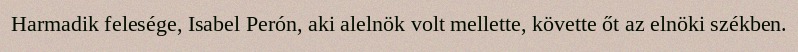
Harmadik felesége, Isabel Perón, aki alelnök volt mellette, követte őt az elnöki székben.